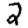
Digit: 2